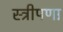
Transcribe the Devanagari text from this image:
स्त्रीपणा